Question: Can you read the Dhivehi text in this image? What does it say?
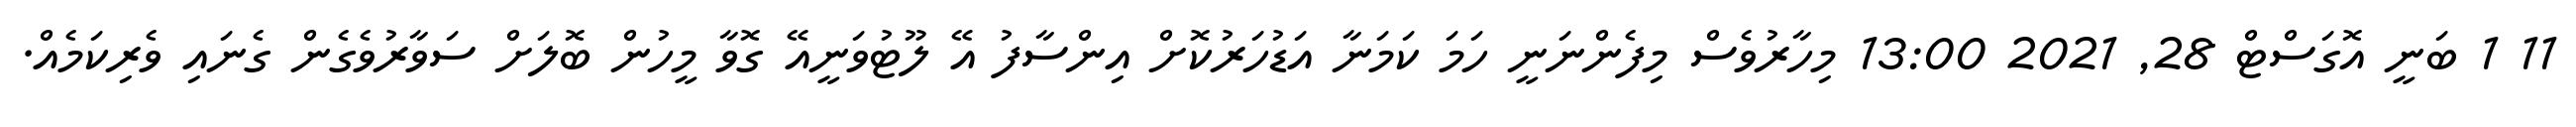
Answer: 11 1 ބަނީ އޮގަސްޓް 28, 2021 13:00 މިހާރުވެސް މިފެންނަނީ ހަމަ ކަމަނާ އަޑުހަރުކޮށް އިންސާފު އޭ ލޫޓުވަނީއޭ ގޮވާ މީހުން ބޮލަށް ސަވާރުވެގެން ގެނައި ވެރިކަމެއް.